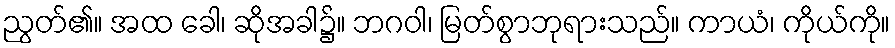
ညွတ်၏။ အထ ခေါ၊ ဆိုအခါ၌။ ဘဂဝါ၊ မြတ်စွာဘုရားသည်။ ကာယံ၊ ကိုယ်ကို။